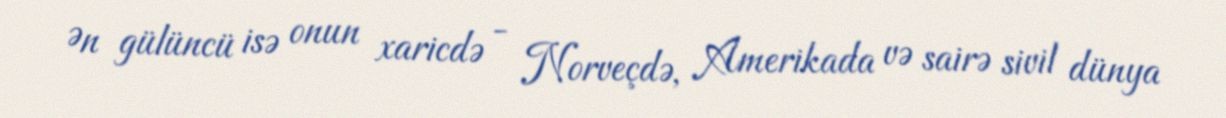
Ən gülüncü isə onun xaricdə - Norveçdə, Amerikada və sairə sivil dünya